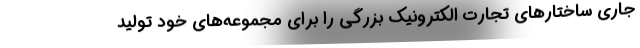
جاری ساختارهای تجارت الکترونیک بزرگی را برای مجموعه‌های خود تولید